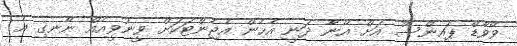
ވޭވާޑް ޕައިންސް އަށް އޭނާ ދަނީ އެހެން އެޖެންޓަކަށް ވީނުވީއެއް ނޭނގި އެ